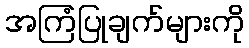
အကြံပြုချက်များကို